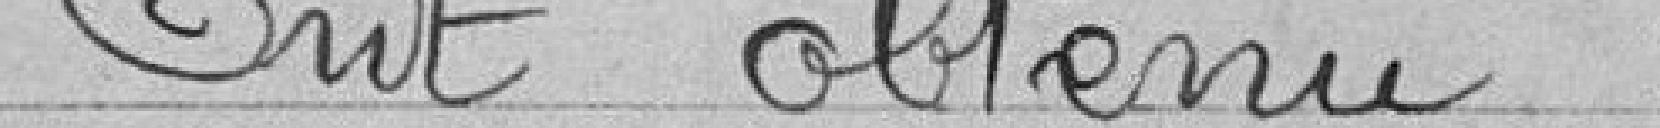
Ont obtenu :